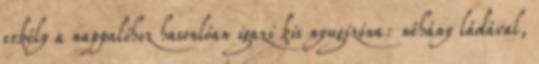
erkély a nappalihoz hasonlóan igazi kis nyugizóna: néhány ládával,